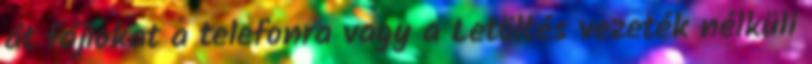
át fájlokat a telefonra vagy a Letöltés vezeték nélküli